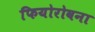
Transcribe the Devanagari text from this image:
फियोरोवना